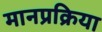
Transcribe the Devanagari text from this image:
मानप्रक्रिया